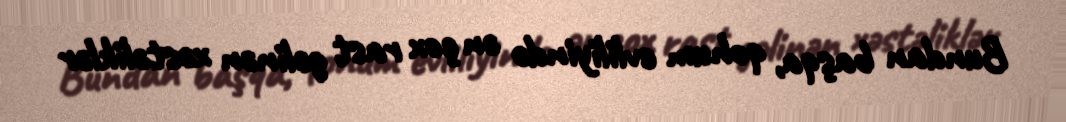
Bundan başqa, qohum evliliyində ən çox rast gəlinən xəstəliklər